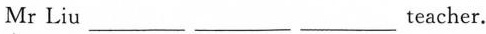
Mr Liu ___ ___ ___ ___ teacher.